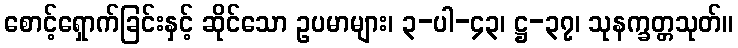
စောင့်ရှောက်ခြင်းနှင့် ဆိုင်သော ဥပမာများ၊ ၃-ပါ-၄၃၊ ဋ္ဌ-၃၇၊ သုနက္ခတ္တသုတ်။